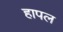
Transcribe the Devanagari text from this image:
हापल